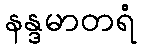
နန္ဒမာတရံ